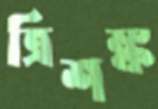
ত্রিশঙ্ক